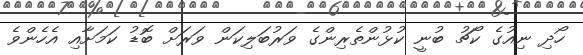
ހޯދި ނިއުގެ ކޯޗު ބުނީ ކުޅުންތެރިންގެ ވަރުބަލިކަން ވަރަށް ބޮޑު ކަމަށާއި އެހެންވެ